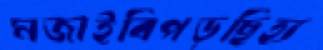
মজাইবিপড়ছিহ্য